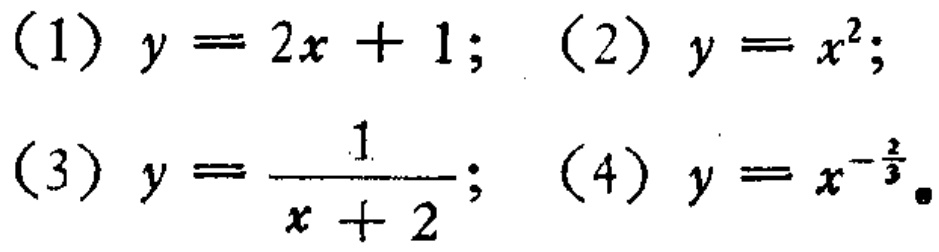
(1) \(y = 2x + 1\); (2) \(y = x^{2}\);

(3) \(y=\frac{1}{x + 2}\); (4) \(y = x^{-\frac{2}{3}}\)